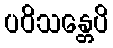
ပဝိသန္တေပိ